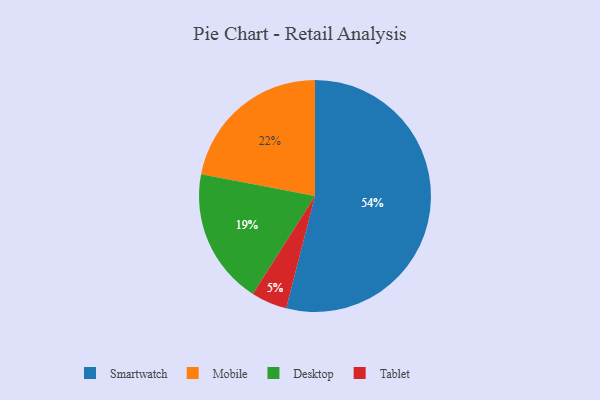
{"axis": {"x": "Category", "y": "Percentage"}, "legend": ["Desktop", "Mobile", "Smartwatch", "Tablet"], "data": [{"x": "Mobile", "y": 22, "type": "Mobile"}, {"x": "Tablet", "y": 5, "type": "Tablet"}, {"x": "Desktop", "y": 19, "type": "Desktop"}, {"x": "Smartwatch", "y": 54, "type": "Smartwatch"}]}